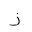
Letter: _zay